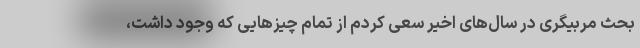
بحث مربیگری در سال‌های اخیر سعی کردم از تمام چیزهایی که وجود داشت،